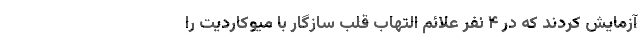
آزمایش کردند که در ۴ نفر علائم التهاب قلب سازگار با میوکاردیت را